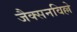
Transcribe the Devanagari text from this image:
जैक्सनविल्ले